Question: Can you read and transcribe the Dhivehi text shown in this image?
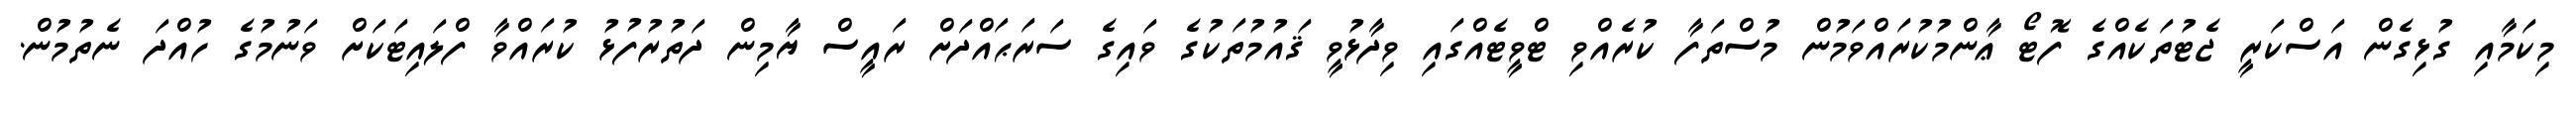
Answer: މިކަމާއި ގުޅިގެން އަސްކަރީ ޖެޓުތަކެއްގެ ފޮޓޯ ޢާންމުކުރައްވަމުން މުސްތަފާ ކުރެއްވި ޓްވީޓެއްގައި ވިދާޅުވީ ޤައުމުތަކުގެ ވައިގެ ސަރަޙައްދަށް ރައީސް ޔާމިން ދަތުރުފުޅު ކުރައްވާ ފްލައިޓަކަށް ވަނުމުގެ ހުއްދަ ނެތުމުން.